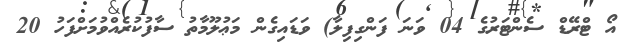
އޯ ޓްރޭޑް ސެންޓަރުގެ 04 ވަނަ ފަންގިފިލާ) ވަޑައިގެން މަޢުލޫމާތު ސާފުކުރެއްވުމަށްފަހު 20